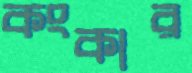
কংকার